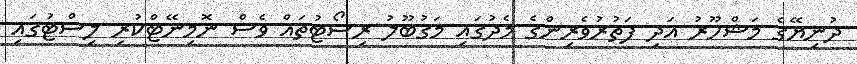
ދުނިޔޭގެ މަޝްހޫރު އަދި ފަތުރުވެރިންގެ މެދުގައި މަގުބޫލު ރިސޯޓުތައް ވެސް ނޮމިނޭޓްކުރި ލިސްޓުގައި